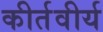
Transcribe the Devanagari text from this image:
कीर्तवीर्य